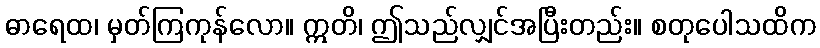
ဓာရေထ၊ မှတ်ကြကုန်လော။ ဣတိ၊ ဤသည်လျှင်အပြီးတည်း။ စတုပေါသထိက